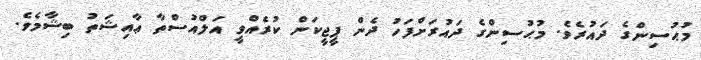
މުޙުސިންގެ ދައުރެވެ. މުޙުސިންގެ ދައުރަށްފަހު ދެން ޕީޖީކަން ކުރެއްވީ އަލްއުސްތާާ ޢާއިޝަތު ބިޝާމެވެ.